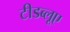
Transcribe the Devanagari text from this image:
टीडब्लूए